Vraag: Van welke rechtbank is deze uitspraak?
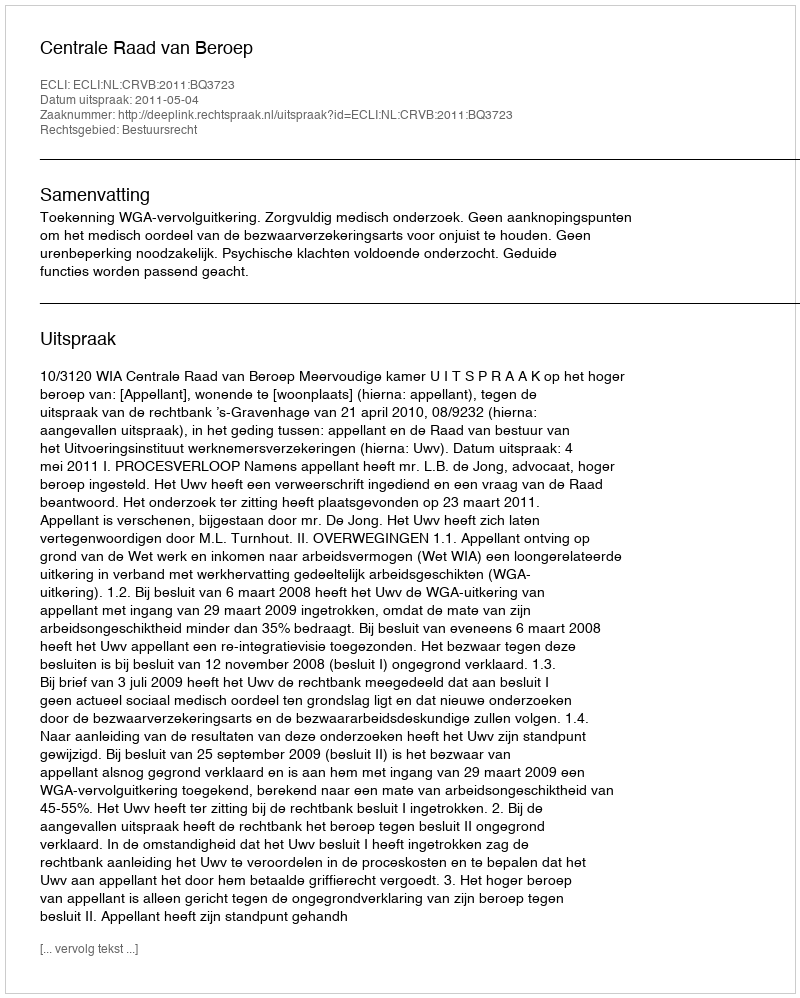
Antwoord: Centrale Raad van Beroep